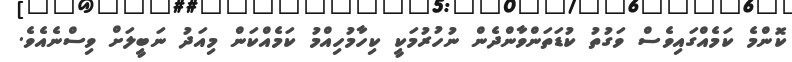
ކޮންމެ ކަމެއްގައިވެސް ވަގުތު ކުޑަތަންވާންދެން ނުހުރުމަކީ ކިހާމުހިއްމު ކަމެއްކަން މިއަދު ނަބީލަށް ވިސްނެއެވެ.